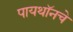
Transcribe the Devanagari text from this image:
पायथॉनचे